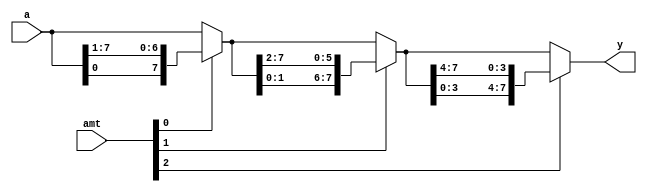
// Barrel shifter using multistage shifts

module barrel_shifter_stage
    (
    input  wire[7:0] a,
    input  wire[2:0] amt,
    output wire[7:0] y
    );

    // signal declaration
    wire[7:0] s0, s1;

    // body
    // stage 0, shift 0 or 1 bit
    assign s0 = amt[0] ? {a[0], a[7:1]} : a;
    // stage 1, shift 0 or 2 bits
    assign s1 = amt[1] ? {s0[1:0], s0[7:2]} : s0;
    // stage 2, shift 0 or 4 bits
    assign y = amt[2] ? {s1[3:0], s1[7:4]} : s1;

endmodule